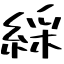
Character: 綵